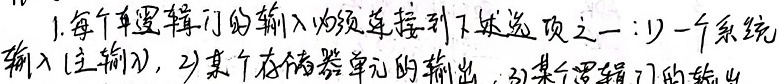
1. 每个单逻辑门的输入必须连接到下述选项之一：1) 一个系统输入(主输入)，2) 某个存储器单元的输出，3) 某个逻辑门的输出。